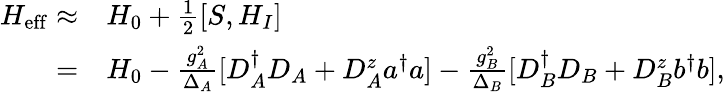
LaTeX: \begin{array}{rl}{H_{\mathrm{eff}}\approx}&{{}H_{0}+\frac{1}{2}[S,H_{I}]}\\ {=}&{{}H_{0}-\frac{g_{A}^{2}}{\Delta_{A}}[D_{A}^{\dagger}D_{A}+D_{A}^{z}a^{\dagger}a]-\frac{g_{B}^{2}}{\Delta_{B}}[D_{B}^{\dagger}D_{B}+D_{B}^{z}b^{\dagger}b],}\end{array}